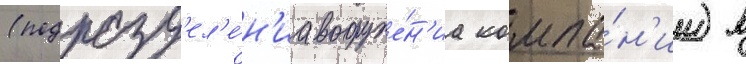
(подразд'ел'е́н'иа вооруже́н'иа компа́н'ии) в